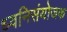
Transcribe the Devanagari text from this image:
ध्वनिसंयोजक